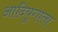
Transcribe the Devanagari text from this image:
आदियुगाला